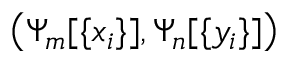
\left( \Psi _ { m } [ \{ x _ { i } \} ] , \Psi _ { n } [ \{ y _ { i } \} ] \right) ~ ~ ~ ~ ~ ~ ~ ~ ~ ~ ~ ~ ~ ~ ~ ~ ~ ~ ~ ~ ~ ~ ~ ~ ~ ~ ~ ~ ~ ~ ~ ~ ~ ~ ~ ~ ~ ~ ~ ~ ~ ~ ~ ~ ~ ~ ~ ~ ~ ~ ~ ~ ~ ~ ~ ~ ~ ~ ~ ~ ~ ~ ~ ~ ~ ~ ~ ~ ~ ~ ~ ~ ~ ~ ~ ~ ~ ~ ~ ~ ~ ~ ~ ~ ~ ~ ~ ~ ~ ~ ~ ~ ~ ~